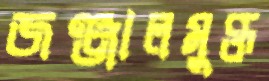
জঞ্জালমুক্ত